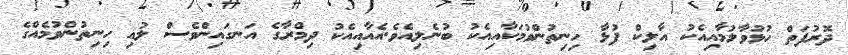
ދޮރުފަތް ހުޅުވާލުމާާއިއެކު އާލިކް ފުޅާ ހިނިތުންވުމަކާއިއެކު ބުނެލިއެވެ.އެއާއިއެކު ދިމްރާގެ އަނގައިންވެސް ލުއި ހިނިތުންވުމެއްގެ